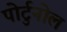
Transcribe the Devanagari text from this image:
पोर्टुनोल